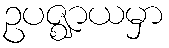
ဥပဇ္ဈာယမှာ